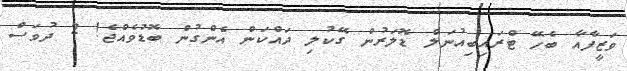
ވަޒީފާއާ ބެހޭ ޓްރައިބިއުނަލް ޑޮލަރުން ގޭކުލި ދައްކަން އެންގުން ބޮޑުވެއްޖެ! 2 ދުވަސް